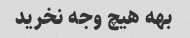
بهه هیچ وجه نخرید